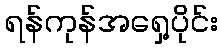
ရန်ကုန်အရှေ့ပိုင်း